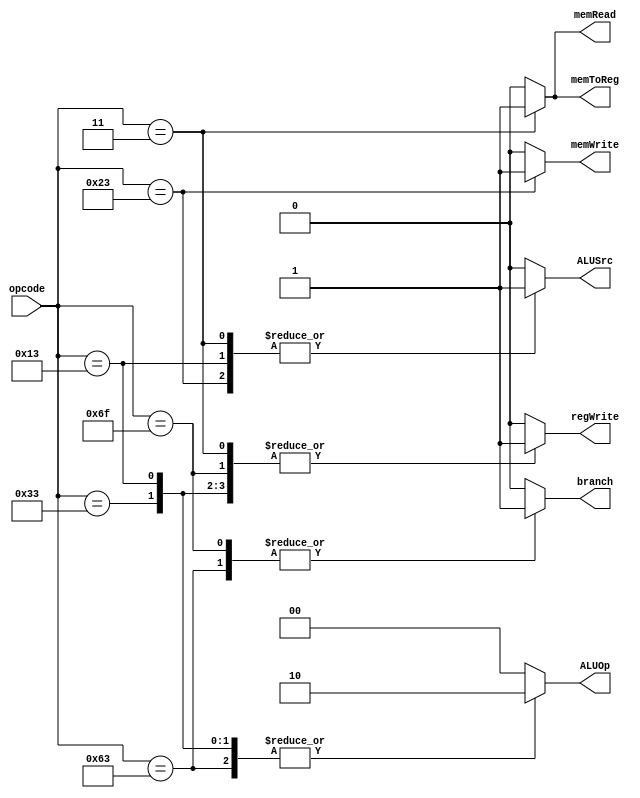
module CONTROL #(
    parameter INST_R     = 7'b0110011,
    parameter INST_I_LD  = 7'b0000011,
    parameter INST_I_IMM = 7'b0010011,
    parameter INST_S     = 7'b0100011,
    parameter INST_B     = 7'b1100011,
    parameter INST_J     = 7'b1101111,
    parameter INST_U     = 7'b0110111
) (
    input      [6:0] opcode  ,
    output reg       branch  ,
    output reg       memRead ,
    output reg       memToReg,
    output reg [1:0] ALUOp   ,
    output reg       memWrite,
    output reg       ALUSrc  ,
    output reg       regWrite
);
    always @(opcode)
        begin
            case (opcode)
                INST_R :
                    begin
                        branch   = 0;
                        memRead  = 0;
                        memToReg = 0;
                        ALUOp    = 2'b10;
                        memWrite = 0;
                        ALUSrc   = 0;
                        regWrite = 1;
                    end
                INST_I_IMM :
                    begin
                        branch   = 0;
                        memRead  = 0;
                        memToReg = 0;
                        ALUOp    = 2'b10;
                        memWrite = 0;
                        ALUSrc   = 1;
                        regWrite = 1;
                    end
                INST_I_LD :
                    begin
                        branch   = 0;
                        memRead  = 1;
                        memToReg = 1;
                        ALUOp    = 2'b00;
                        memWrite = 0;
                        ALUSrc   = 1;
                        regWrite = 1;
                    end
                INST_S :
                    begin
                        branch   = 0;
                        memRead  = 0;
                        memToReg = 0;
                        ALUOp    = 2'b00;
                        memWrite = 1;
                        ALUSrc   = 1;
                        regWrite = 0;
                    end
                INST_B :
                    begin
                        branch   = 1;
                        memRead  = 0;
                        memToReg = 0;
                        ALUOp    = 2'b10;
                        memWrite = 0;
                        ALUSrc   = 0;
                        regWrite = 0;
                    end
                INST_J :
                    begin
                        branch   = 1;
                        memRead  = 0;
                        memToReg = 0;
                        ALUOp    = 2'b00;
                        memWrite = 0;
                        ALUSrc   = 0;
                        regWrite = 1;
                    end
                INST_U  : 
                    {branch  ,
                        memRead ,
                        memToReg,
                        ALUOp   ,
                        memWrite,
                        ALUSrc  ,
                        regWrite}=0;
                default :
                    {branch  ,
                        memRead ,
                        memToReg,
                        ALUOp   ,
                        memWrite,
                        ALUSrc  ,
                        regWrite}=0;
            endcase
        end
endmodule